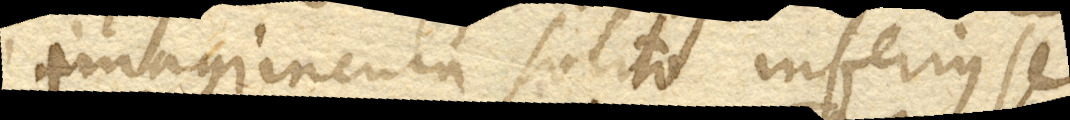
si imaguncula solito inferius se